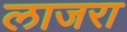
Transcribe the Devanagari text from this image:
लाजरा